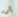
إلى